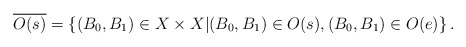
\begin{align*}\overline{O(s)}=\left\{ (B_0,B_1)\in X\times X| (B_0, B_1)\in O(s), (B_0, B_1)\in O(e)\right\}.\end{align*}